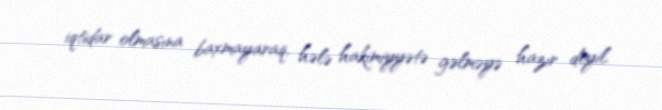
iqtidar olmasına baxmayaraq, hələ hakimiyyətə gəlməyə hazır deyil.